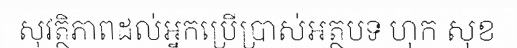
សុវត្ថិភាពដល់អ្នកប្រើប្រាស់អត្ថបទ ហុក សុខ